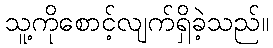
သူ့ကိုစောင့်လျက်ရှိခဲ့သည်။